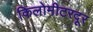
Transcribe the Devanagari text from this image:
किलोमीटरदूर